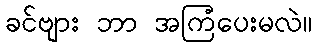
ခင်ဗျား ဘာ အကြံပေးမလဲ။